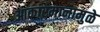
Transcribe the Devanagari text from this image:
आकारमानामुळे